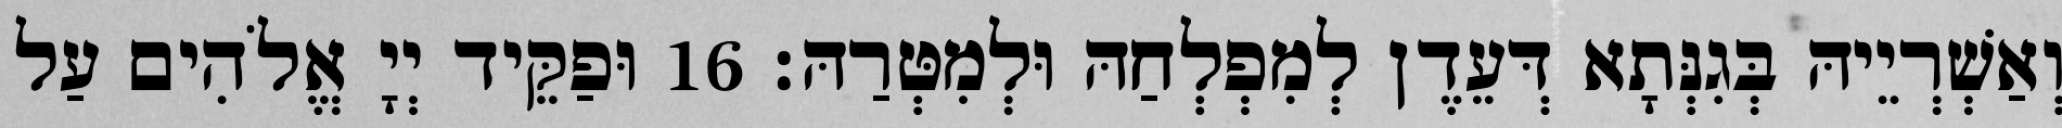
וְאַשְׁרְיֵיהּ בְּגִנְּתָא דְּעֵדֶן לְמִפְלְחַהּ וּלְמִטְּרַהּ׃ 16 וּפַקֵּיד יְיָ אֱלֹהִים עַל